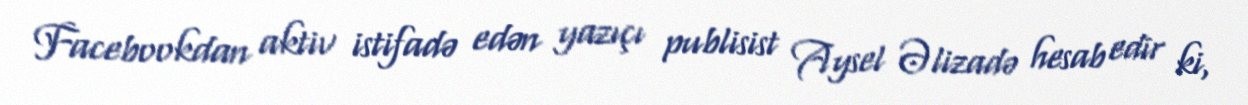
Facebookdan aktiv istifadə edən yazıçı publisist Aysel Əlizadə hesab edir ki,